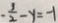
- \frac { 3 } { 2 } - y = - 1